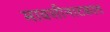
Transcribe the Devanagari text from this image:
मावशीनाटकात